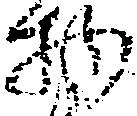
物